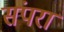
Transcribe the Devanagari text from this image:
संपरा